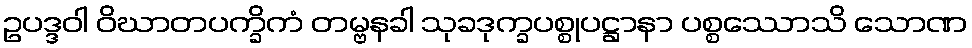
ဥပဒ္ဒဝါ ဝိဃာတပက္ခိကံ တမ္ဗနခါ သုခဒုက္ခပစ္စုပဋ္ဌာနာ ပစ္စဿောသိ သောဏ